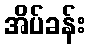
အိပ်ခန်း